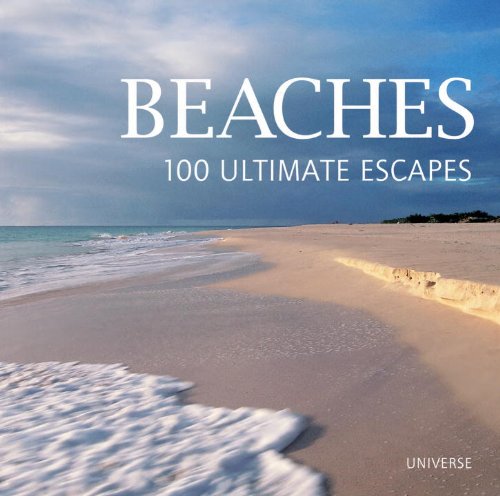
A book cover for Beaches: 100 Ultimate Escapes; Stefano Passaquindici; Travel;